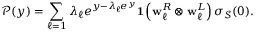
\mathcal { P } ( y ) = \sum _ { \ell = 1 } \lambda _ { \ell } e ^ { y - \lambda _ { \ell } e ^ { y } } { \bf 1 } \left( { \bf w } _ { \ell } ^ { R } \otimes { \bf w } _ { \ell } ^ { L } \right) { \boldsymbol { \sigma } } _ { \mathcal { S } } ( 0 ) .